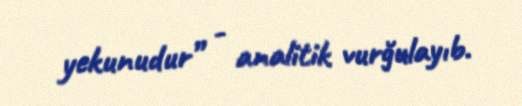
yekunudur” - analitik vurğulayıb.